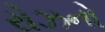
રોઝનો